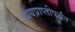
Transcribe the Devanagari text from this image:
ध्येयप्राप्तीपर्यंत